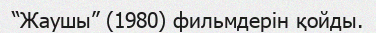
“Жаушы” (1980) фильмдерін қойды.